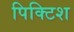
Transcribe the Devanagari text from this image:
पिक्टिश